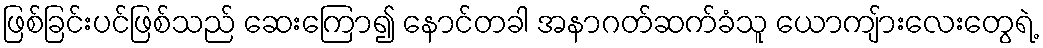
ဖြစ်ခြင်းပင်ဖြစ်သည် ဆေးကြော၍ နောင်တခါ အနာဂတ်ဆက်ခံသူ ယောကျ်ားလေးတွေရဲ့